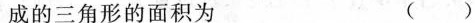
成的三角形的面积为 （ ）